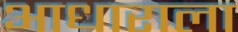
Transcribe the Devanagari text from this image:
आधाराला